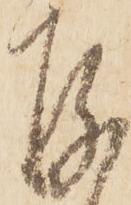
存